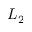
L _ { 2 }